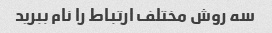
سه روش مختلف ارتباط را نام ببرید